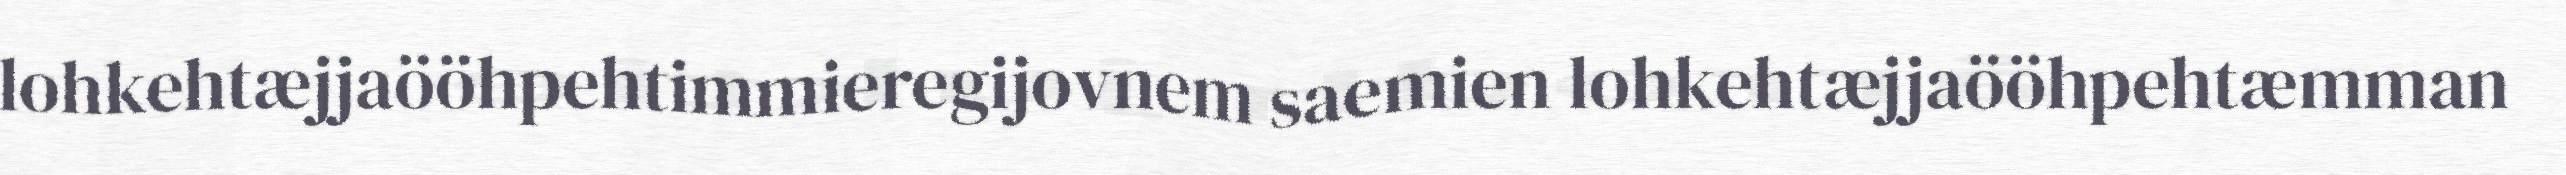
lohkehtæjjaööhpehtimmieregijovnem saemien lohkehtæjjaööhpehtæmman